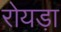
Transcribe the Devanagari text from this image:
रोयड़ा